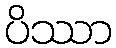
ပိဿာ